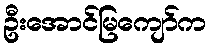
ဦးအောင်မြကျော်က